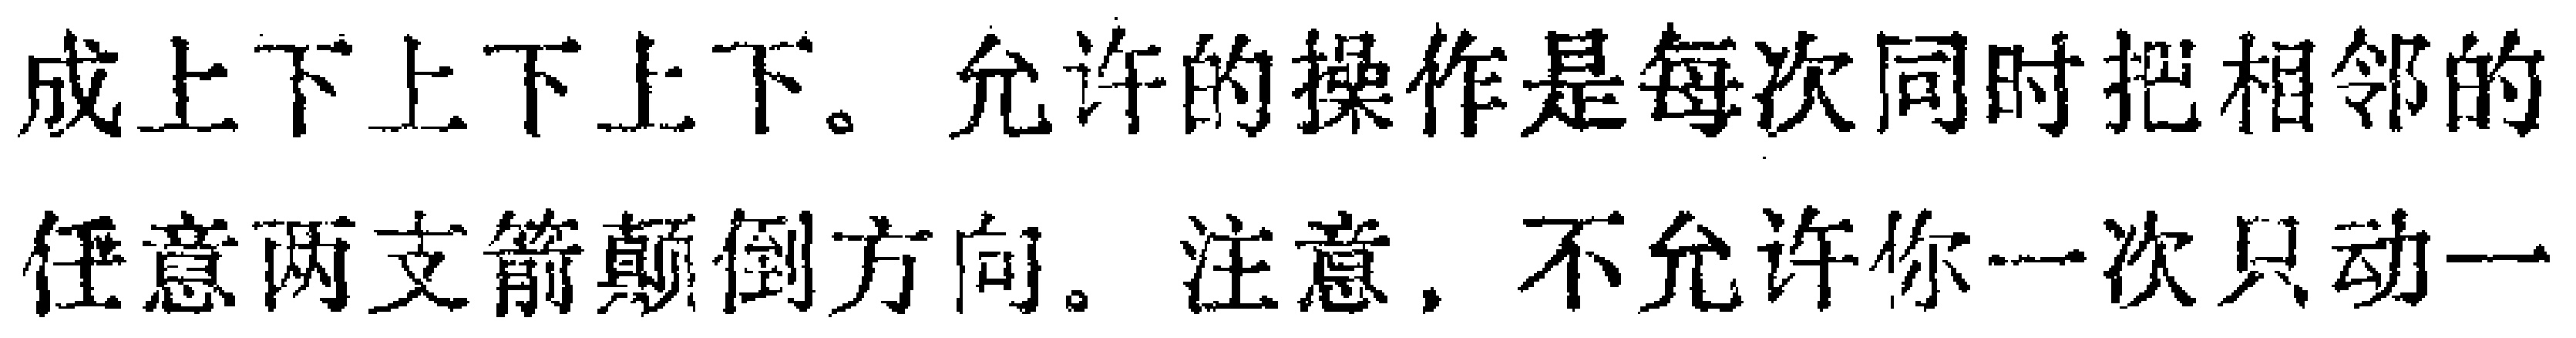
成上下上下上下。允许的操作是每次同时把相邻的任意两支箭颠倒方向。注意，不允许你一次只动一